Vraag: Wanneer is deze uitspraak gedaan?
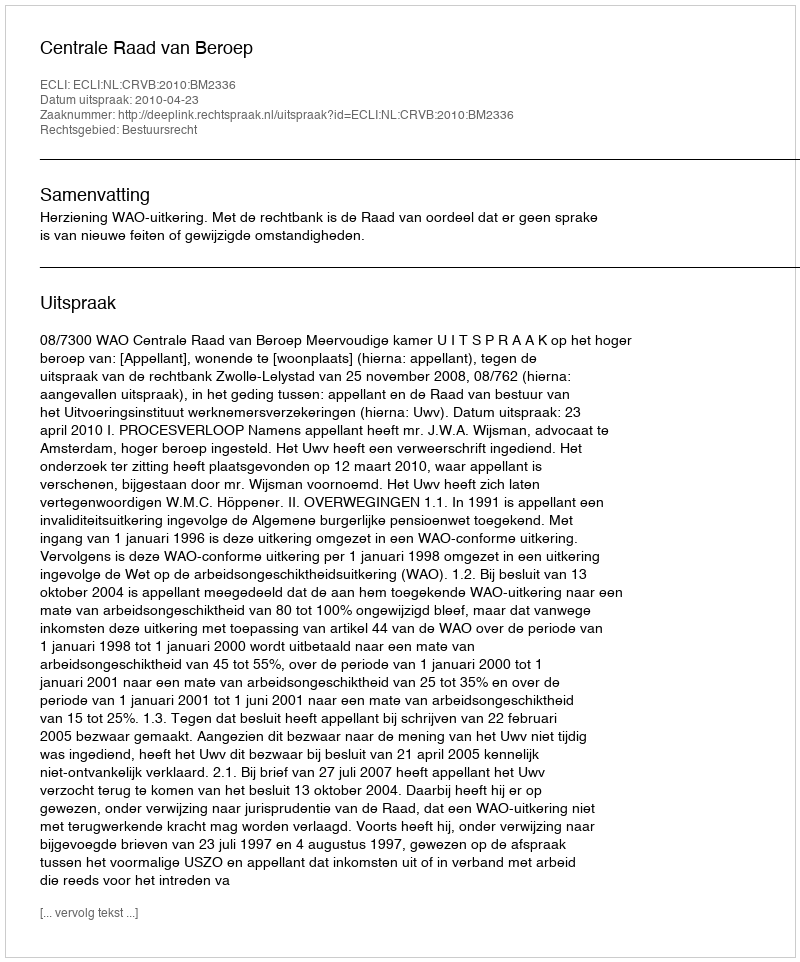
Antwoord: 2010-04-23